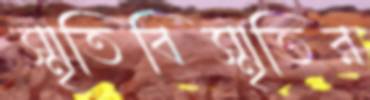
স্মৃতিবিস্মৃতির